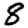
Digit: 8